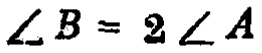
\(\angle B = 2\angle A\)